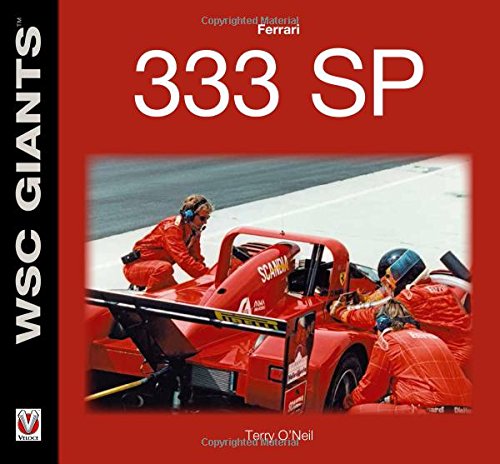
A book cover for Ferrari 333 SP (WSC Giants); Terry O'Neil; Engineering & Transportation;